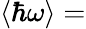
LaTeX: \langle\hbar\omega\rangle=